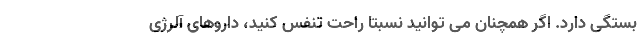
بستگی دارد. اگر همچنان می توانید نسبتا راحت تنفس کنید، داروهای آلرژی